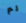
لم